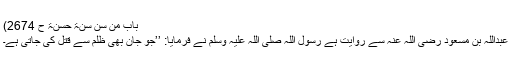
باب من سن سنۃ حسنۃ ح 2674)
عبداللہ بن مسعود رضی اللہ عنہ سے روایت ہے رسول اللہ صلی اللہ علیہ وسلم نے فرمایا: ’’جو جان بھی ظلم سے قتل کی جاتی ہے۔